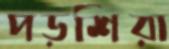
পড়শিরা